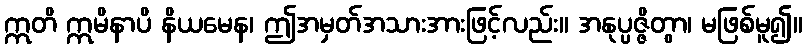
ဣတိ ဣမိနာပိ နိယမေန၊ ဤအမှတ်အသားအားဖြင့်လည်း။ အနုပ္ပဇ္ဇိတွာ၊ မဖြစ်မူ၍။